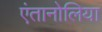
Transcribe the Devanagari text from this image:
एंतानोलिया